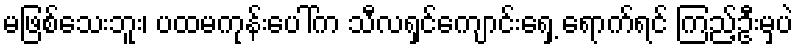
မဖြစ်သေးဘူး၊ ပထမကုန်းပေါ်က သီလရှင်ကျောင်းရှေ့ ရောက်ရင် ကြည့်ဦးမှပဲ